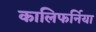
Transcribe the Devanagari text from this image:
कालिफर्निया